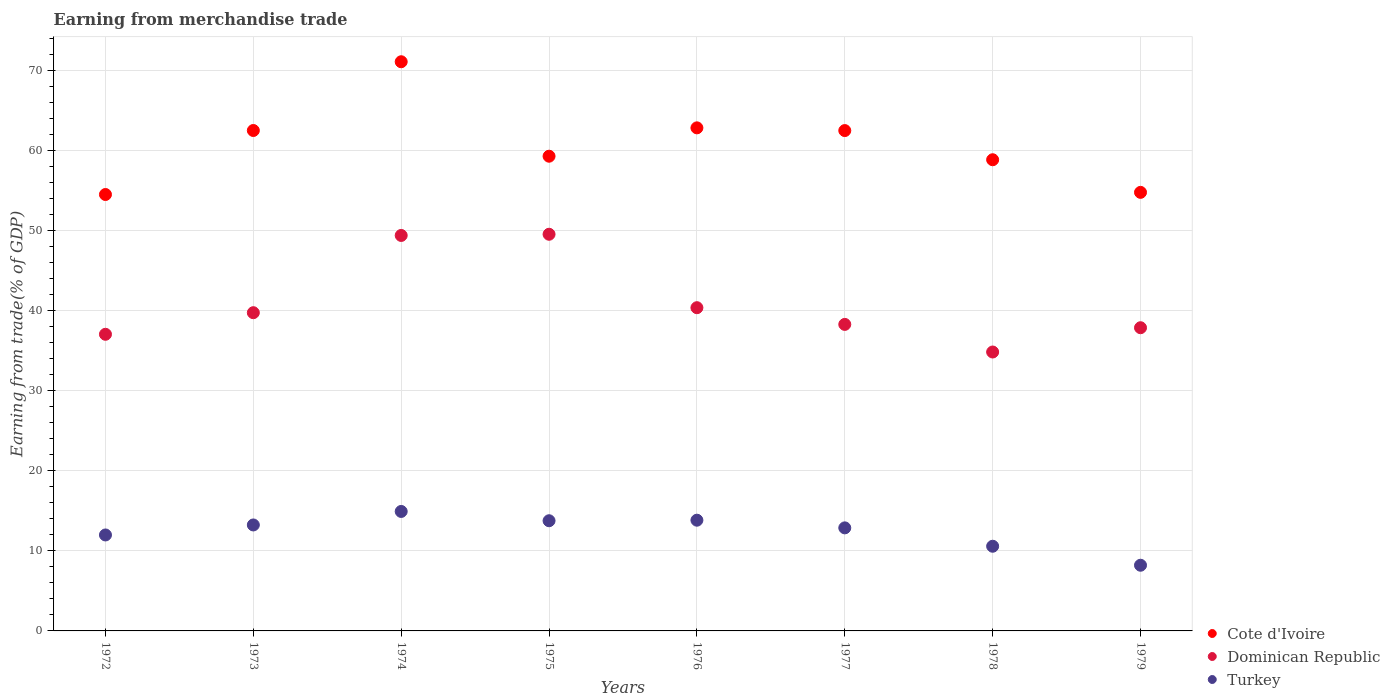
| Years | Cote d'Ivoire | Dominican Republic | Turkey |
 | --- | --- | --- | --- |
 | 1972 | 54.5 | 37 | 12 |
 | 1973 | 62.5 | 39.7 | 13.2 |
 | 1974 | 71.1 | 49.4 | 14.9 |
 | 1975 | 59.3 | 49.5 | 13.8 |
 | 1976 | 62.8 | 40.4 | 13.8 |
 | 1977 | 62.5 | 38.3 | 12.9 |
 | 1978 | 58.8 | 34.8 | 10.6 |
 | 1979 | 54.8 | 37.9 | 8.2 |